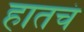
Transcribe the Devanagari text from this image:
हातचं